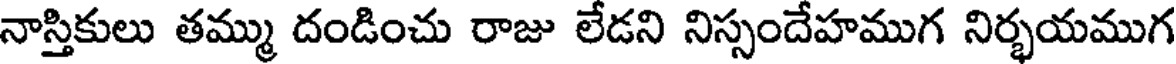
నాస్తికులు తమ్ము దండించు రాజు లేడని నిస్సందేహముగ నిర్భయముగ